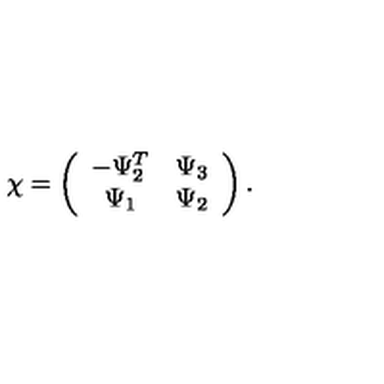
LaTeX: \chi = \left( \begin{array} { c c } { - \Psi _ { 2 } ^ { T } } & { \Psi _ { 3 } } \\ { \Psi _ { 1 } } & { \Psi _ { 2 } } \\ \end{array} \right) .